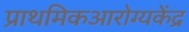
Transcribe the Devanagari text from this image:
प्राथमिकआरोग्यकेंद्र